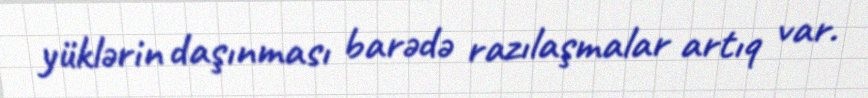
yüklərin daşınması barədə razılaşmalar artıq var.